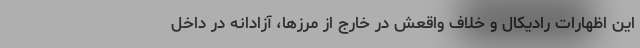
این اظهارات رادیکال و خلاف واقعش در خارج از مرزها، آزادانه در داخل